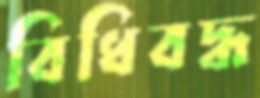
বিধিবদ্ধ